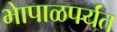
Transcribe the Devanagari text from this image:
भेापाळपर्यंत